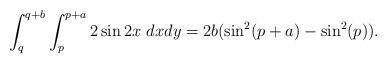
LaTeX: \begin{align*}\int_q^{q+b}\int_p^{p+a} 2\sin 2x\ dx dy=2 b(\sin^2(p+a)-\sin^2(p)).\end{align*}